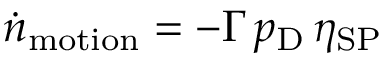
\dot { n } _ { \mathrm { m o t i o n } } = - \Gamma \, p _ { \mathrm { D } } \, \eta _ { \mathrm { S P } }